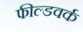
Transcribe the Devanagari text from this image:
फील्डवर्क